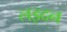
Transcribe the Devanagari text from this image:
लइदन